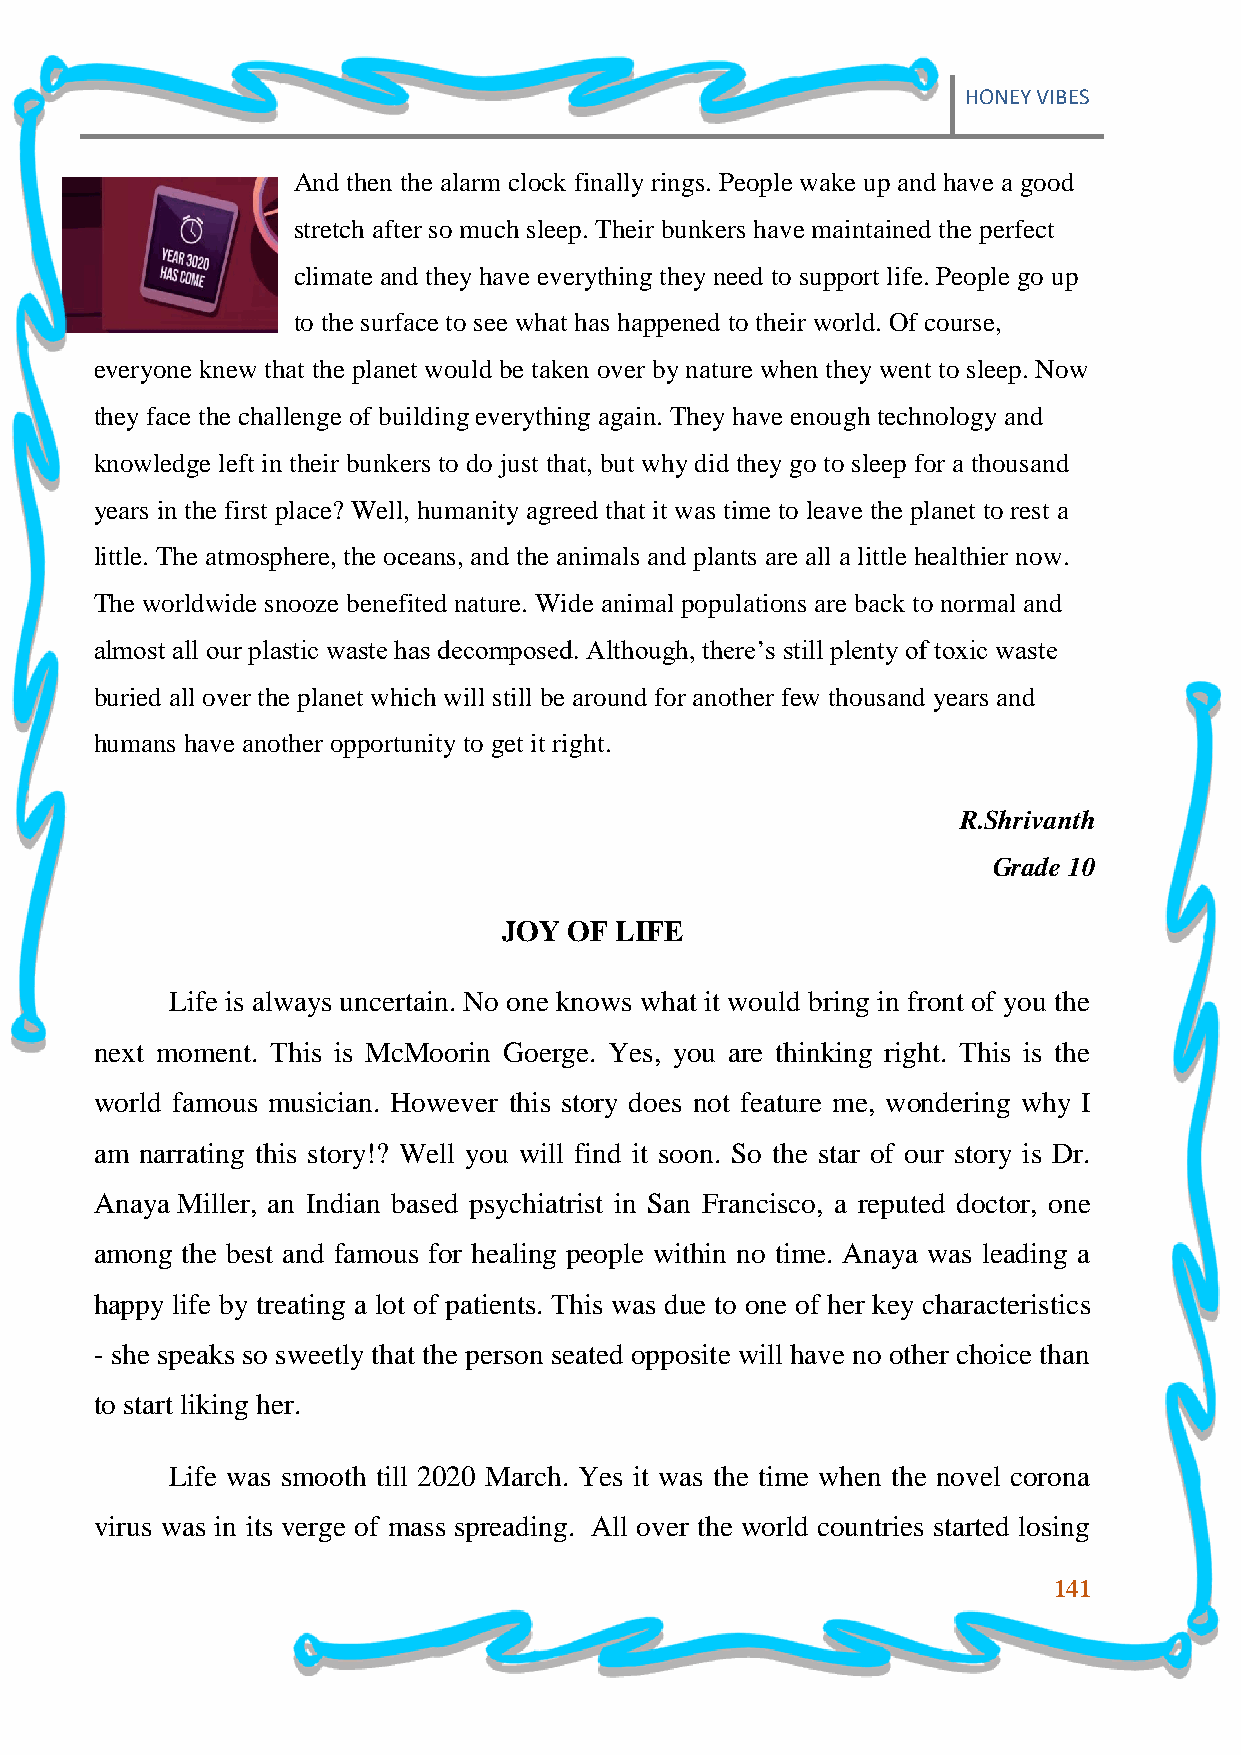
HONEY VIBES
 And then the alarm clock finally rings. People wake up and have a good
 stretch after so much sleep. Their bunkers have maintained the perfect
 climate and they have everything they need to support life. People go up
 to the surface to see what has happened to their world. Of course,
 everyone knew that the planet would be taken over by nature when they went to sleep. Now
 they face the challenge of building everything again. They have enough technology and
 knowledge left in their bunkers to do just that, but why did they go to sleep for a thousand
 years in the first place? Well, humanity agreed that it was time to leave the planet to rest a
 little. The atmosphere, the oceans, and the animals and plants are all a little healthier now.
 The worldwide snooze benefited nature. Wide animal populations are back to normal and
 almost all our plastic waste has decomposed. Although, there‟s still plenty of toxic waste
 buried all over the planet which will still be around for another few thousand years and
 humans have another opportunity to get it right.
 R.Shrivanth
 Grade 10
 JOY  OF LIFE
 Life is always uncertain. No one knows what it would bring in front of you the
 next moment. This is McMoorin Goerge. Yes, you are thinking right. This is the
 world famous musician. However this story does not feature me, wondering why I
 am narrating this story!? Well you will find it soon. So the star of our story is Dr.
 Anaya Miller, an Indian based psychiatrist in San Francisco, a reputed doctor, one
 among the best and famous for healing people within no time. Anaya was leading a
 happy life by treating a lot of patients. This was due to one of her key characteristics
 - she speaks so sweetly that the person seated opposite will have no other choice than
 to start liking her.
 Life was smooth till 2020 March. Yes it was the time when the novel corona
 virus was in its verge of mass spreading. All over the world countries started losing
 141